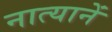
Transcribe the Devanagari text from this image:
नात्यानें